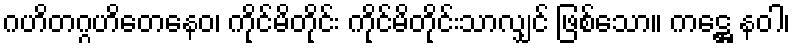
ဂဟိတဂ္ဂဟိတေနေဝ၊ ကိုင်မိတိုင်း ကိုင်မိတိုင်းသာလျှင် ဖြစ်သော။ ကဋ္ဌေ နဝါ၊